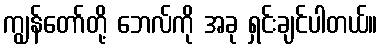
ကျွန်တော်တို့ ဘေလ်ကို အခု ရှင်းချင်ပါတယ်။